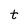
Character: t